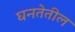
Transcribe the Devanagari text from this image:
घनतेतील